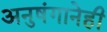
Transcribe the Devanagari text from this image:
अनुषंगानेही